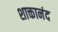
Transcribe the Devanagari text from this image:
शाक्तानंद